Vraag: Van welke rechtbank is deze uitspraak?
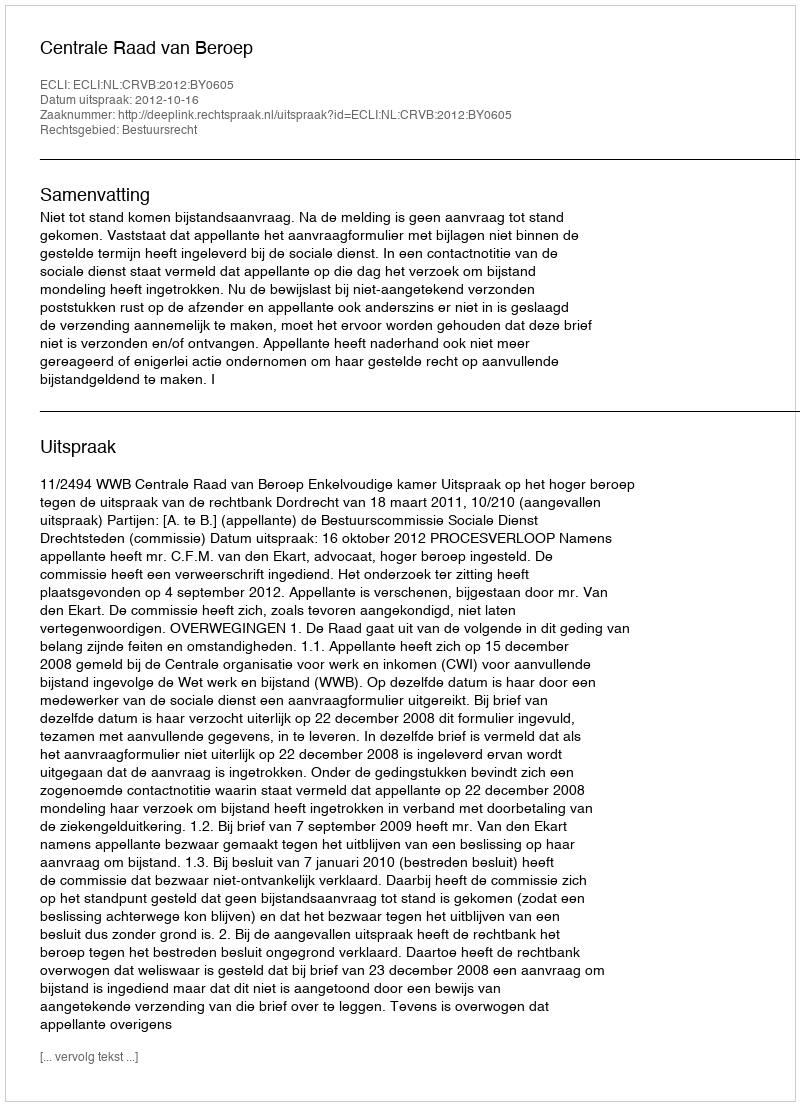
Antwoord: Centrale Raad van Beroep